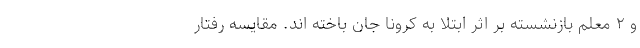
و ۲ معلم بازنشسته بر اثر ابتلا به کرونا جان باخته اند. مقایسه رفتار